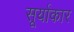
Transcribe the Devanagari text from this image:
सूर्याकार